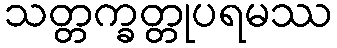
သတ္တက္ခတ္တုပရမဿ